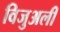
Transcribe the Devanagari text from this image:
विजुअली